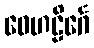
ဝေဟဠိင်္ဂေ